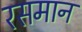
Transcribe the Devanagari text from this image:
रसमान